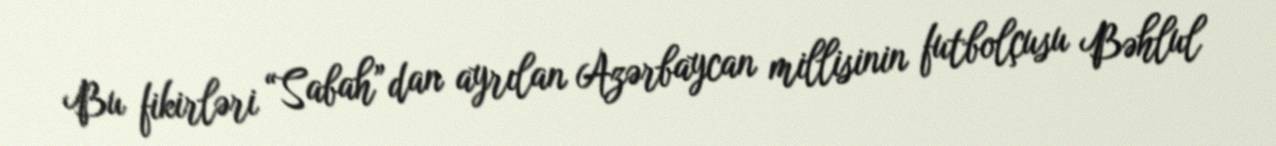
Bu fikirləri “Sabah”dan ayrılan Azərbaycan millisinin futbolçusu Bəhlul